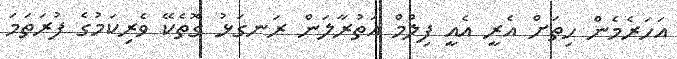
އަހަރެމެން ހިތަށް އެރީ އެއީ ފިލްމް އަތުރާލަން ރަނގަޅު ގޮތެކޭ ވެރިކަމުގެ ފުރަތަމަ